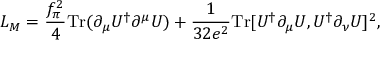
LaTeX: { \cal L } _ { M } = \frac { f _ { \pi } ^ { 2 } } { 4 } \mathrm { T r } ( \partial _ { \mu } U ^ { \dagger } \partial ^ { \mu } U ) + \frac { 1 } { 3 2 e ^ { 2 } } \mathrm { T r } [ U ^ { \dagger } \partial _ { \mu } U , U ^ { \dagger } \partial _ { \nu } U ] ^ { 2 } ,